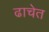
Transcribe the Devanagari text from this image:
ढाचेत